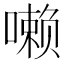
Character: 𪢐